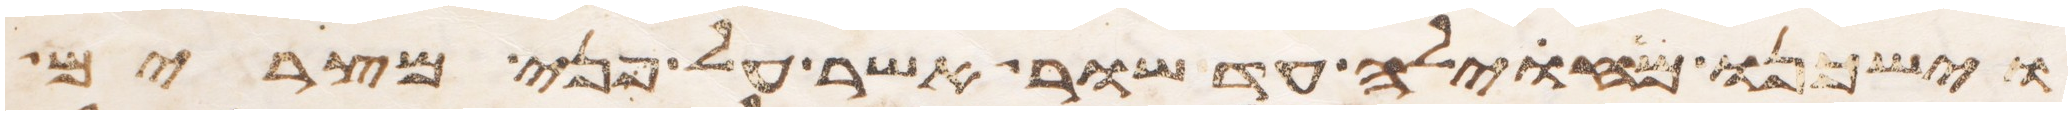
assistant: וישכנו מחוילה עד שור אשר על פני מצרים